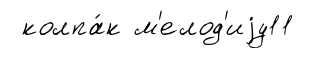
колпа́к м'елод'иjу11